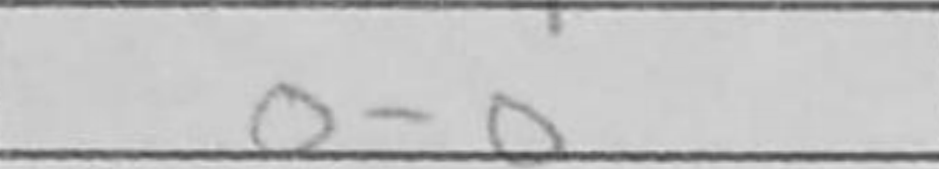
Transcription: O-O